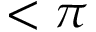
< \pi